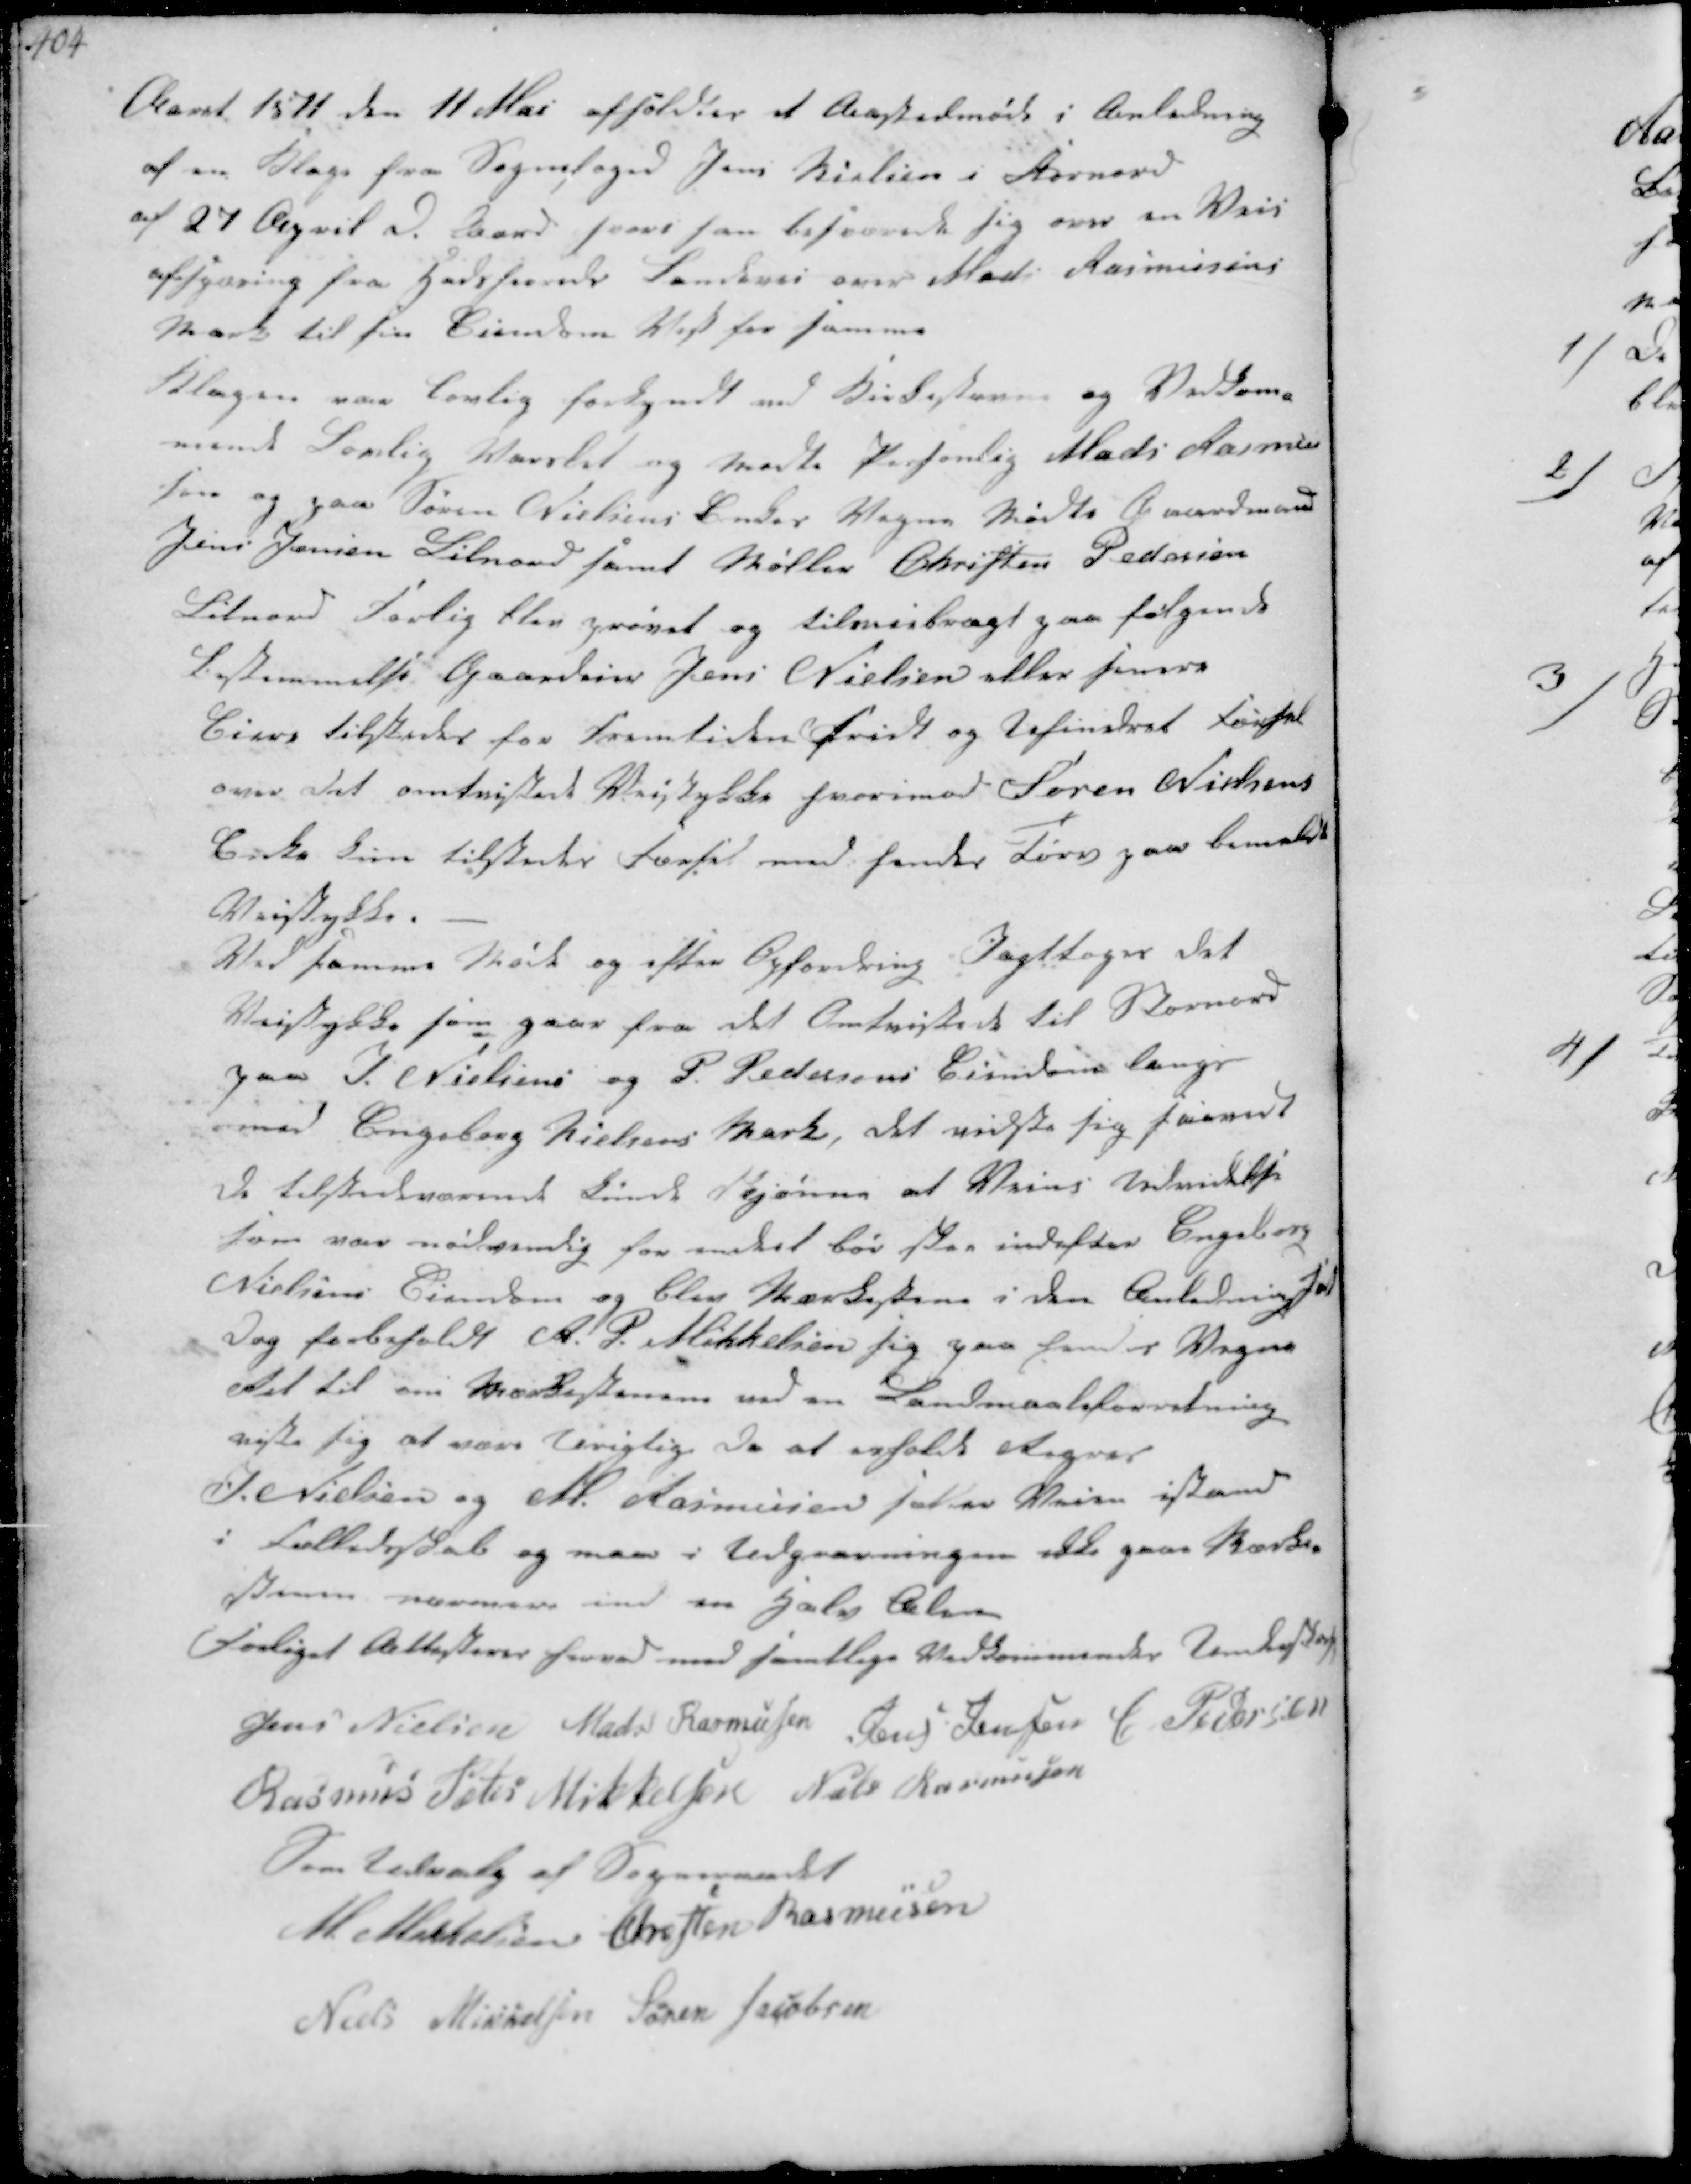
Transskription:
Aaret 1871 den 11 Maj afholdtes et Aastedsmøde i Anledning
af en Klage fra Sognefoged Jens Nielsen i Stornord
af 27 April d Aar hvor han besværede sig over en Vei-
afspæring fra Hadsherreds Landevei over Mads Rasmussen
Mark til sin Eiendom vest for samme

Klagen var lovlig forkyndt ved Kirkestævne og Vedkom-
mende Forlig varslet og mødte Personlig Mads Rasmus
sen og paa Søren Nielsens Enkes Vegne mødte Gaardmand
Jens Jensen Lilnord samt Møller Christen Pedersen
Lilnord Forlig blev prøvet og tilveiebragt paa følgende
Bestemmelse Gaardeier Jens Nielsen eller senere
Eiere tilstodes for Fremtiden Fridt og Uhindret Kørsel
over det omtvistede Veistykke hvorimod Søren Nielsens
Enke kun tilstedes Færsel med hendes Tørv paa bemeldte
Veistykke.

Ved samme Møde og efter Opfordring Iagttages det
Veistykke som gaae fra det Omtvistede til Stornord
paa J. Nielsens og P Pedersens Eiendom langs
med Engeborg Nielsens Mark, det viste sig saavidt
de tilstedeværende kunde skjønne at Veiens Udvidelse
som var nødvendig har indeel bør skee indefter Engeborg
Nielsens Eiendom og blev Markstien i den Anledning  
Dog forbeholdt H. P. Mikkelsen sig paa  Vegne
Ret til om Markestenen ved en Landmaalsforretning
viste sig at være urigtige da at erholde Regres
J. Nielsen og M Rasmussen sætter Veien istand
i Fælledskab og maa i Udgravningen ikke gaae Marken
sen nærmere end en Halv Alen
Forliget Attesteres herved med samtlige Vedkommendes Underskrift

Jens Nielsen Mads Rasmussen Jens Jensen P Pedersen
Rasmus Peder Mikkelsen Niels Rasmussen
Som Udvalg af Sogneraadet
M Mikkelsen Chresten Rasmussen
Niels Mikkelsen Søren Jacobsen